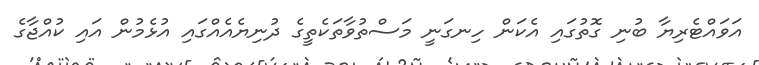
އަވައްޓެރިޔާ ބުނި ގޮތުގައި އެކަން ހިނގަނީ މަސްތުވާތަކެތީގެ ދުނިޔެއެއްގައި އުޅެމުން އައި ކުއްޖާގެ